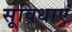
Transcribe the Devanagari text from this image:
सूविधाएं